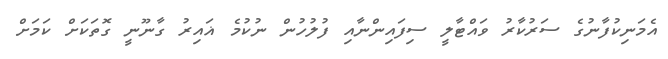
އެމަނިކުފާނުގެ ސަރުކާރު ވައްޓާލީ ސިފައިންނާއި ފުލުހުން ނުކުމެ ޣައިރު ގާނޫނީ ގޮތަކަށް ކަމަށް